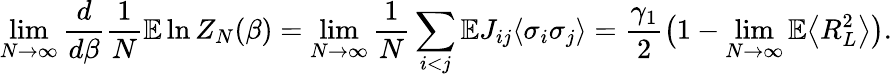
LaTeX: \operatorname*{lim}_{N\to\infty}\frac{d}{d\beta}\frac{1}{N}\mathbb E\ln Z_{N}(\beta)=\operatorname*{lim}_{N\to\infty}\frac{1}{N}\sum_{i<j}\mathbb EJ_{ij}\langle\sigma_{i}\sigma_{j}\rangle=\frac{\gamma_{1}}{2}\big(1-\operatorname*{lim}_{N\to\infty}\mathbb E\bigl\langle R_{L}^{2}\bigr\rangle\big).